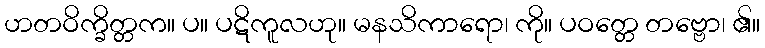
ဟတဝိက္ခိတ္တက။ ပ။ ပဋိကူလဟု။ မနသိကာရော၊ ကို။ ပဝတ္တေ တဗ္ဗော၊ ၏။